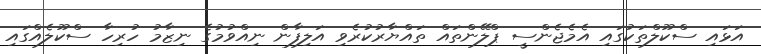
އަޅައި ސްކޫލްތަކުގައި އެމެޖެންސީ ޕްލޭންތައް ތައްޔާރުކުރެވި އަލިފާން ނިއްވުމުގެ ނިޒާމު ހުރިހާ ސްކޫލެއްގައި